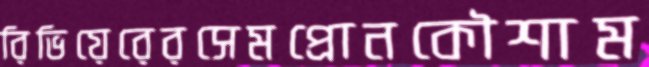
রিভিয়েরেরসেমপ্রোনকৌশাম